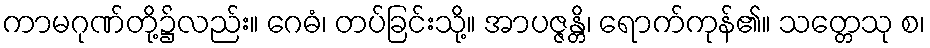
ကာမဂုဏ်တို့၌လည်း။ ဂေဓံ၊ တပ်ခြင်းသို့။ အာပဇ္ဇန္တိ၊ ရောက်ကုန်၏။ သတ္တေသု စ၊